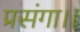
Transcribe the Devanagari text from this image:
प्रसंगा।।